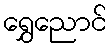
ရွှေညောင်